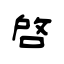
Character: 啓